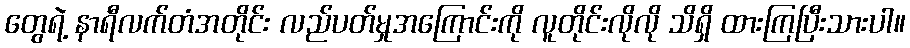
တွေရဲ့ နာရီလက်တံအတိုင်း လည်ပတ်မှုအကြောင်းကို လူတိုင်းလိုလို သိရှိ ထားကြပြီးသားပါ။